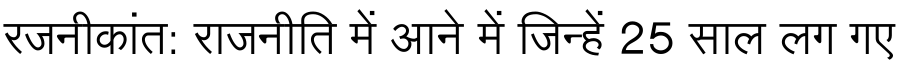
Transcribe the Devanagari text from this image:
रजनीकांत: राजनीति में आने में जिन्हें 25 साल लग गए